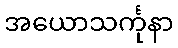
အယောသင်္ကုနာ